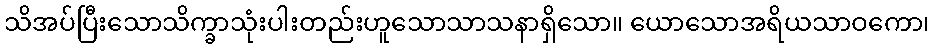
သိအပ်ပြီးသောသိက္ခာသုံးပါးတည်းဟူသောသာသနာရှိသော။ ယောသောအရိယသာဝကော၊